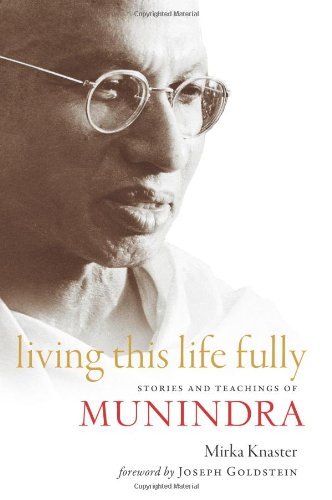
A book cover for Living This Life Fully: Stories and Teachings of Munindra; Mirka Knaster; Religion & Spirituality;